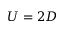
U = 2 D